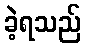
ခဲ့ရသည်